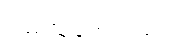
ပြည်သူတွေလည်း